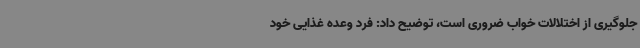
جلوگیری از اختلالات خواب ضروری است، توضیح داد: فرد وعده غذایی خود